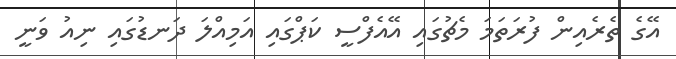
އޭގެ ތެރެއިން ފުރަތަމަ މެޗުގައި އޭއެފްސީ ކަޕްގައި އަމިއްލަ ދަނޑުގައި ނިއު ވަނީ